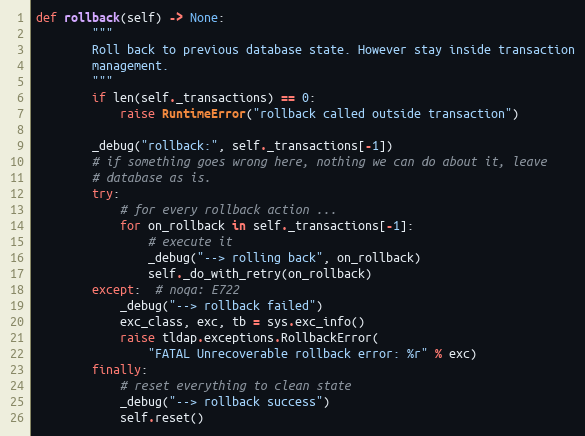
Language: Python
def rollback(self) -> None:
        """
        Roll back to previous database state. However stay inside transaction
        management.
        """
        if len(self._transactions) == 0:
            raise RuntimeError("rollback called outside transaction")

        _debug("rollback:", self._transactions[-1])
        # if something goes wrong here, nothing we can do about it, leave
        # database as is.
        try:
            # for every rollback action ...
            for on_rollback in self._transactions[-1]:
                # execute it
                _debug("--> rolling back", on_rollback)
                self._do_with_retry(on_rollback)
        except:  # noqa: E722
            _debug("--> rollback failed")
            exc_class, exc, tb = sys.exc_info()
            raise tldap.exceptions.RollbackError(
                "FATAL Unrecoverable rollback error: %r" % exc)
        finally:
            # reset everything to clean state
            _debug("--> rollback success")
            self.reset()